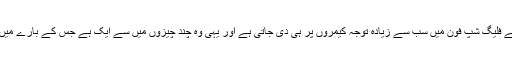
یہ تو بتانے کی ضرورت نہیں کہ ہر نئے فلیگ شپ فون میں سب سے زیادہ توجہ کیمروں پر ہی دی جاتی ہے اور یہی وہ چند چیزوں میں سے ایک ہے جس کے بارے میں تاحال تفصیلات سامنے نہیں آسکی ہیں۔